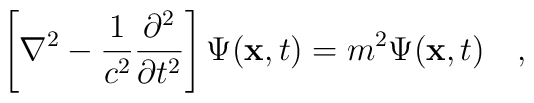
\left [ \nabla^2 - {1\over c^2} {\partial^2 \over \partial t^2}\right ] \Psi ({\bf x}, t) = m^2 \Psi ({\bf x}, t)\quad,